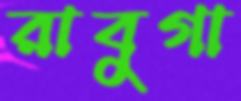
রাবুগা